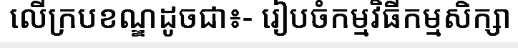
លើក្របខណ្ឌដូចជា៖- រៀបចំកម្មវិធីកម្មសិក្សា